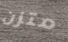
متزن